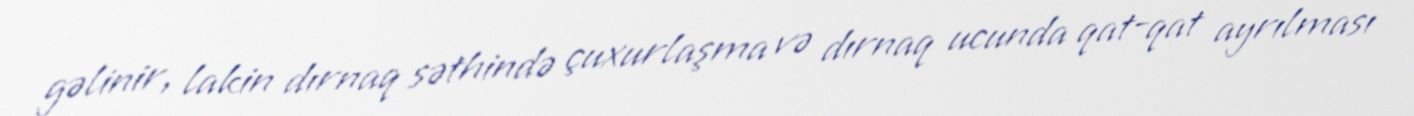
gəlinir, lakin dırnaq səthində çuxurlaşma və dırnaq ucunda qat-qat ayrılması